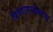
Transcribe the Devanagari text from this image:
विस्तारासोबतच